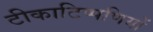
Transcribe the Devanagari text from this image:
टीकाटिप्पणियों